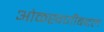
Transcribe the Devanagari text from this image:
ओळखणीबद्दल